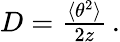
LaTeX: \begin{array}{r}{D={\frac{\langle\theta^{2}\rangle}{2z}}\, .}\end{array}